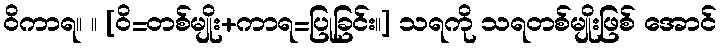
ဝိကာရ။ ။ [ဝိ=တစ်မျိုး+ကာရ=ပြုခြင်း။] သရကို သရတစ်မျိုးဖြစ် အောင်